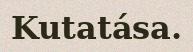
Kutatása.